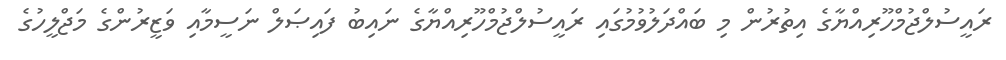
ރައީސުލްޖުމްހޫރިއްޔާގެ އިތުރުން މި ބައްދަލުވުމުގައި ރައީސުލްޖުމްހޫރިއްޔާގެ ނައިބު ފައިޞަލް ނަސީމާއި ވަޒީރުންގެ މަޖްލީހުގެ